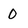
Character: 0